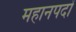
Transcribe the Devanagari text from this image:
महानपदों